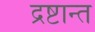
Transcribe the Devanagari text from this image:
द्रष्टान्त